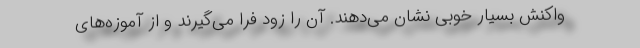
واکنش بسیار خوبی نشان می‌دهند. آن را زود فرا می‌گیرند و از آموزه‌های